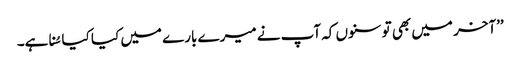
’’آخر میں بھی تو سنوں کہ آپ نے میرے بارے میں کیا کیا سُنا ہے۔